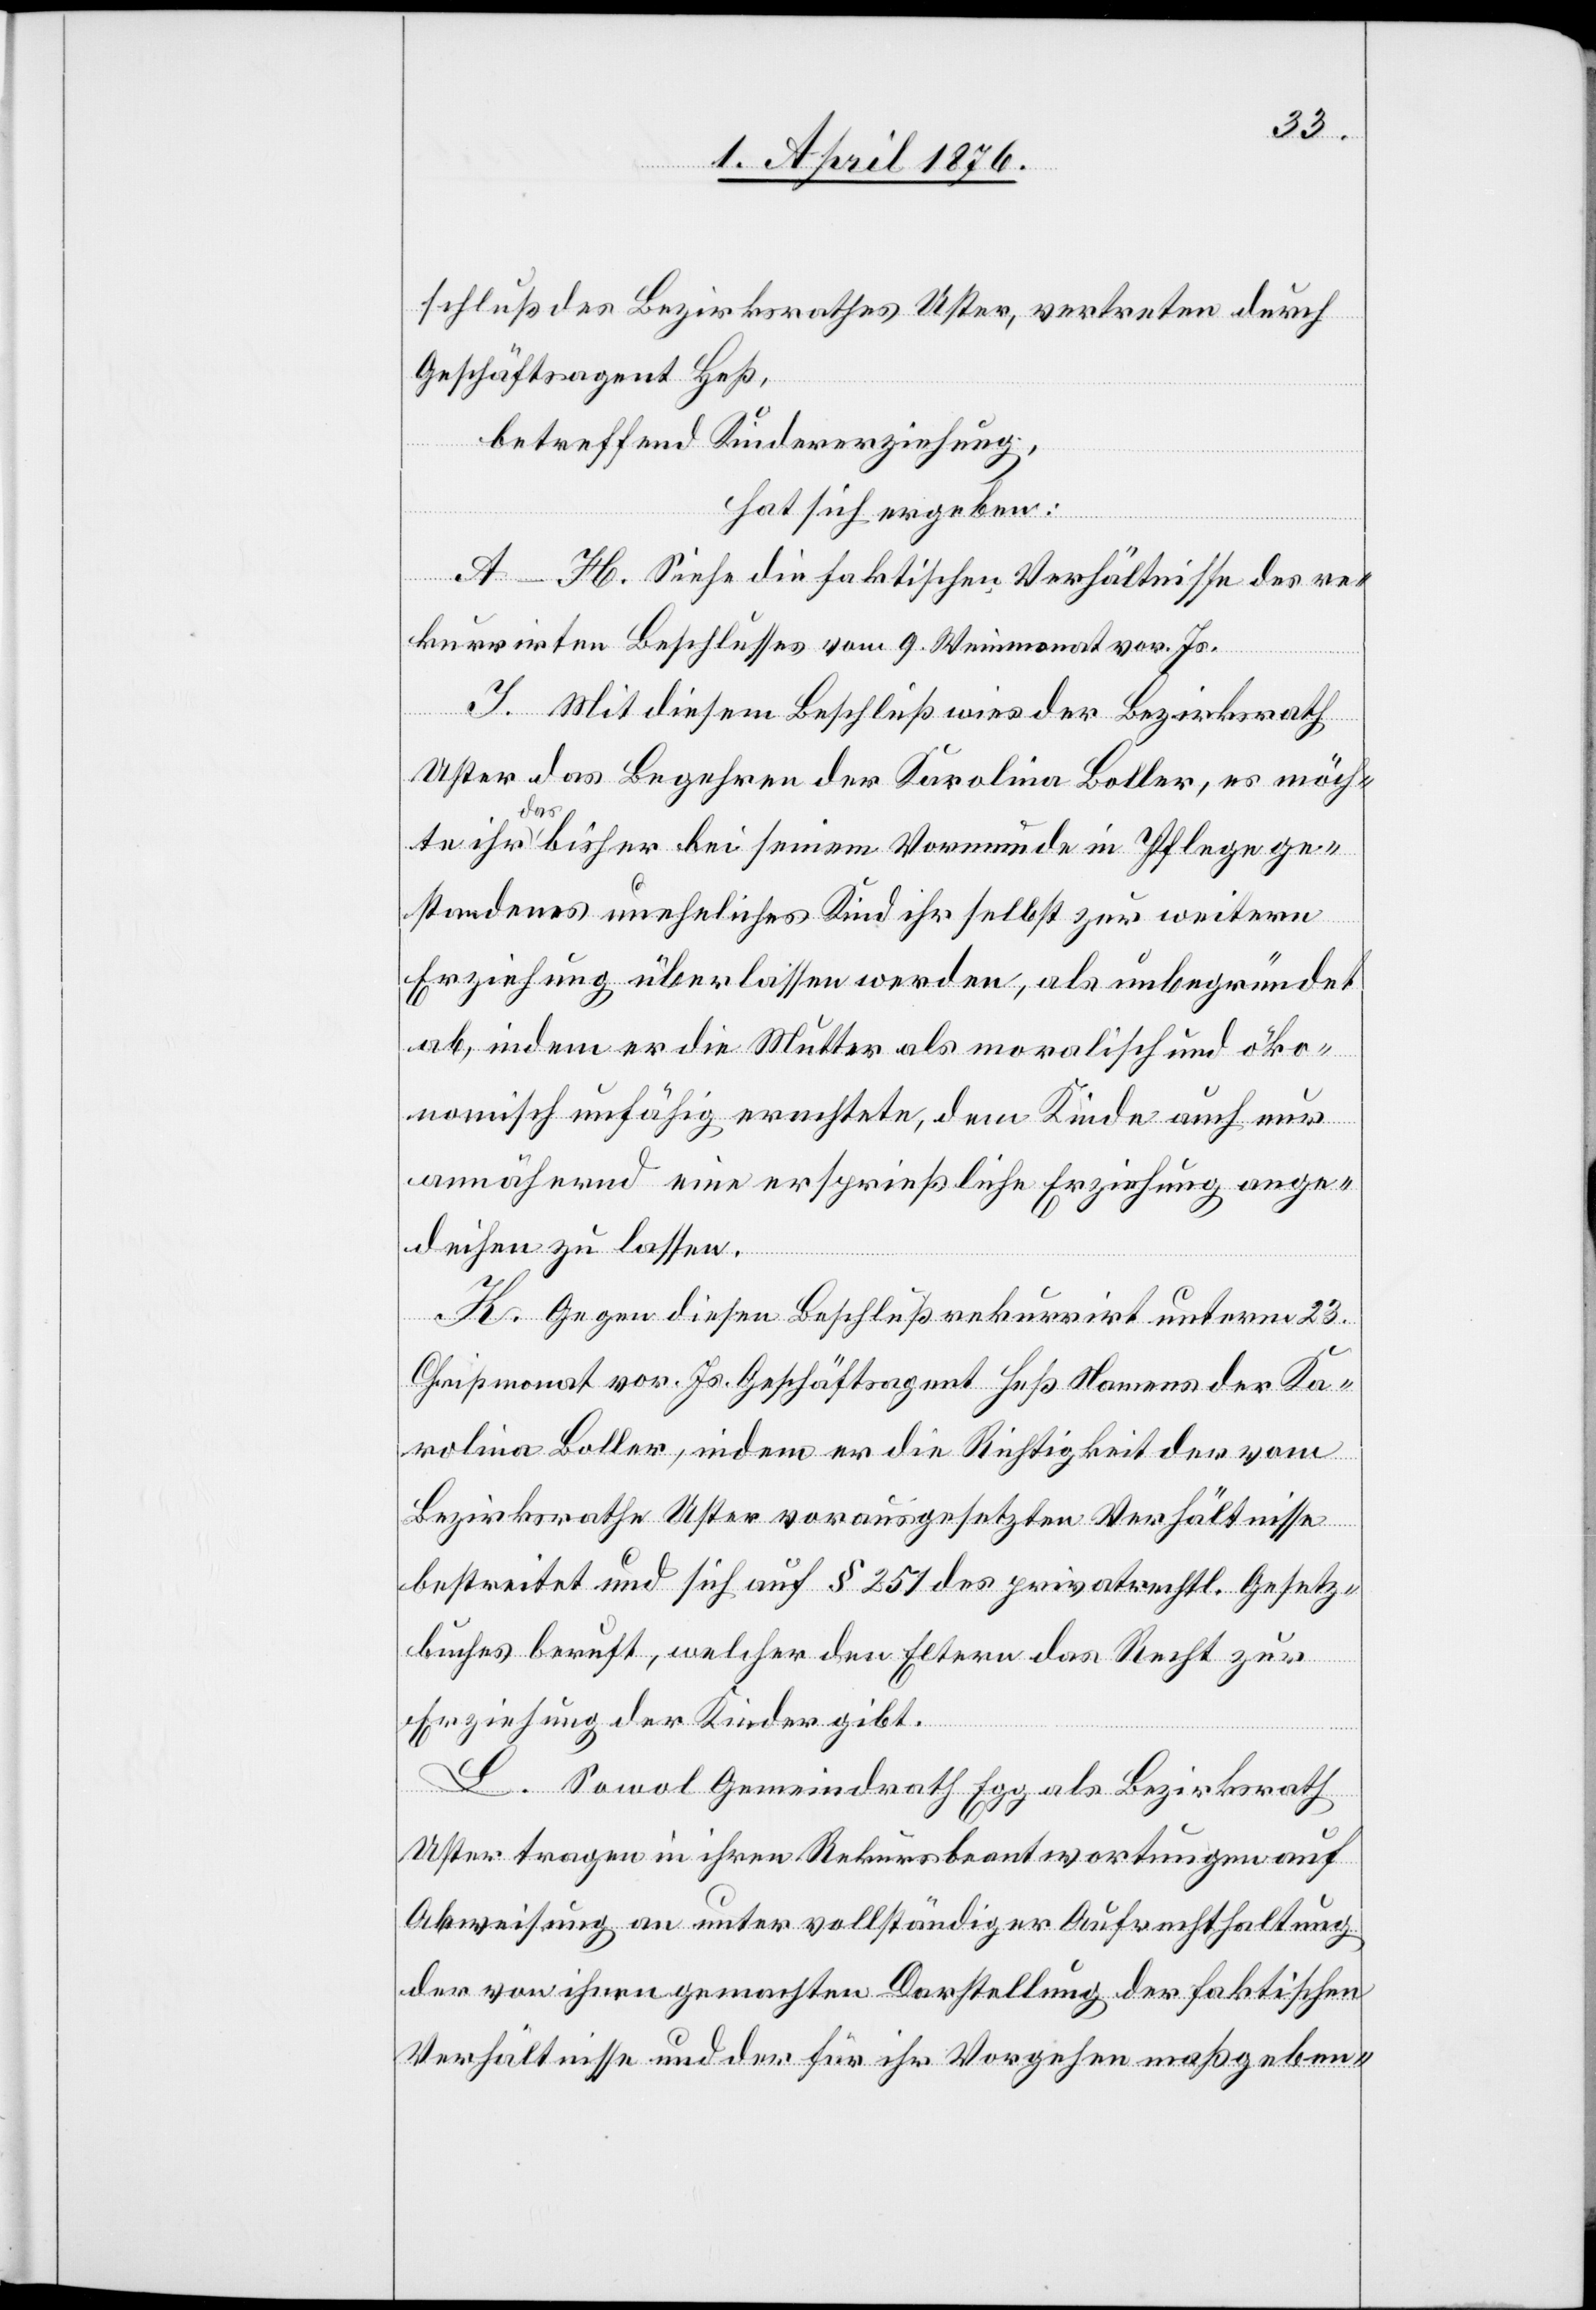
schluß des Bezirksrathes Uster, vertreten durch
Geschäftsagent Heß,
betreffend Kindererziehung,
hat sich ergeben:
A–H. Siehe die faktischen Verhältnisse des re¬
kurrirten Beschlusses vom 9. Weinmonat vor. Js.
J. Mit diesem Beschluß wies der Bezirksrath
Uster das Begehren der Karolina Koller, es möch¬
te ihr das bisher bei seinem Vormunde in Pflege ge¬
standenes uneheliches Kind ihr selbst zur weiteren
Erziehung überlassen werden, als unbegründet
ab, indem er die Mutter als moralisch und öko¬
nomisch unfähig erachtete, dem Kinde auch nur
annähernd eine ersprießliche Erziehung ange¬
deihen zu lassen.
K. Gegen diesen Beschluß rekurrirt unterm 23.
Christmonat vor. Js. Geschäftsagent Heß Namens der Ka¬
rolina Koller, indem er die Richtigkeit der vom
Bezirksrath Uster vorausgesetzten Verhältnisse
bestreitet und sich auf § 251 des privatrechtl. Gesetz¬
buches beruft, welcher den Eltern das Recht zu
Erziehung der Kinder gibt.
L. Sowohl Gemeindrath Egg als Bezirksrath
Uster tragen in ihren Rekursbeantwortungen auf
Abweisung an unter vollständiger Aufrechthaltung
der von ihren gemachten Darstellung der faktischen
Verhältnisse und der für ihr Vorgehen maßgeben-